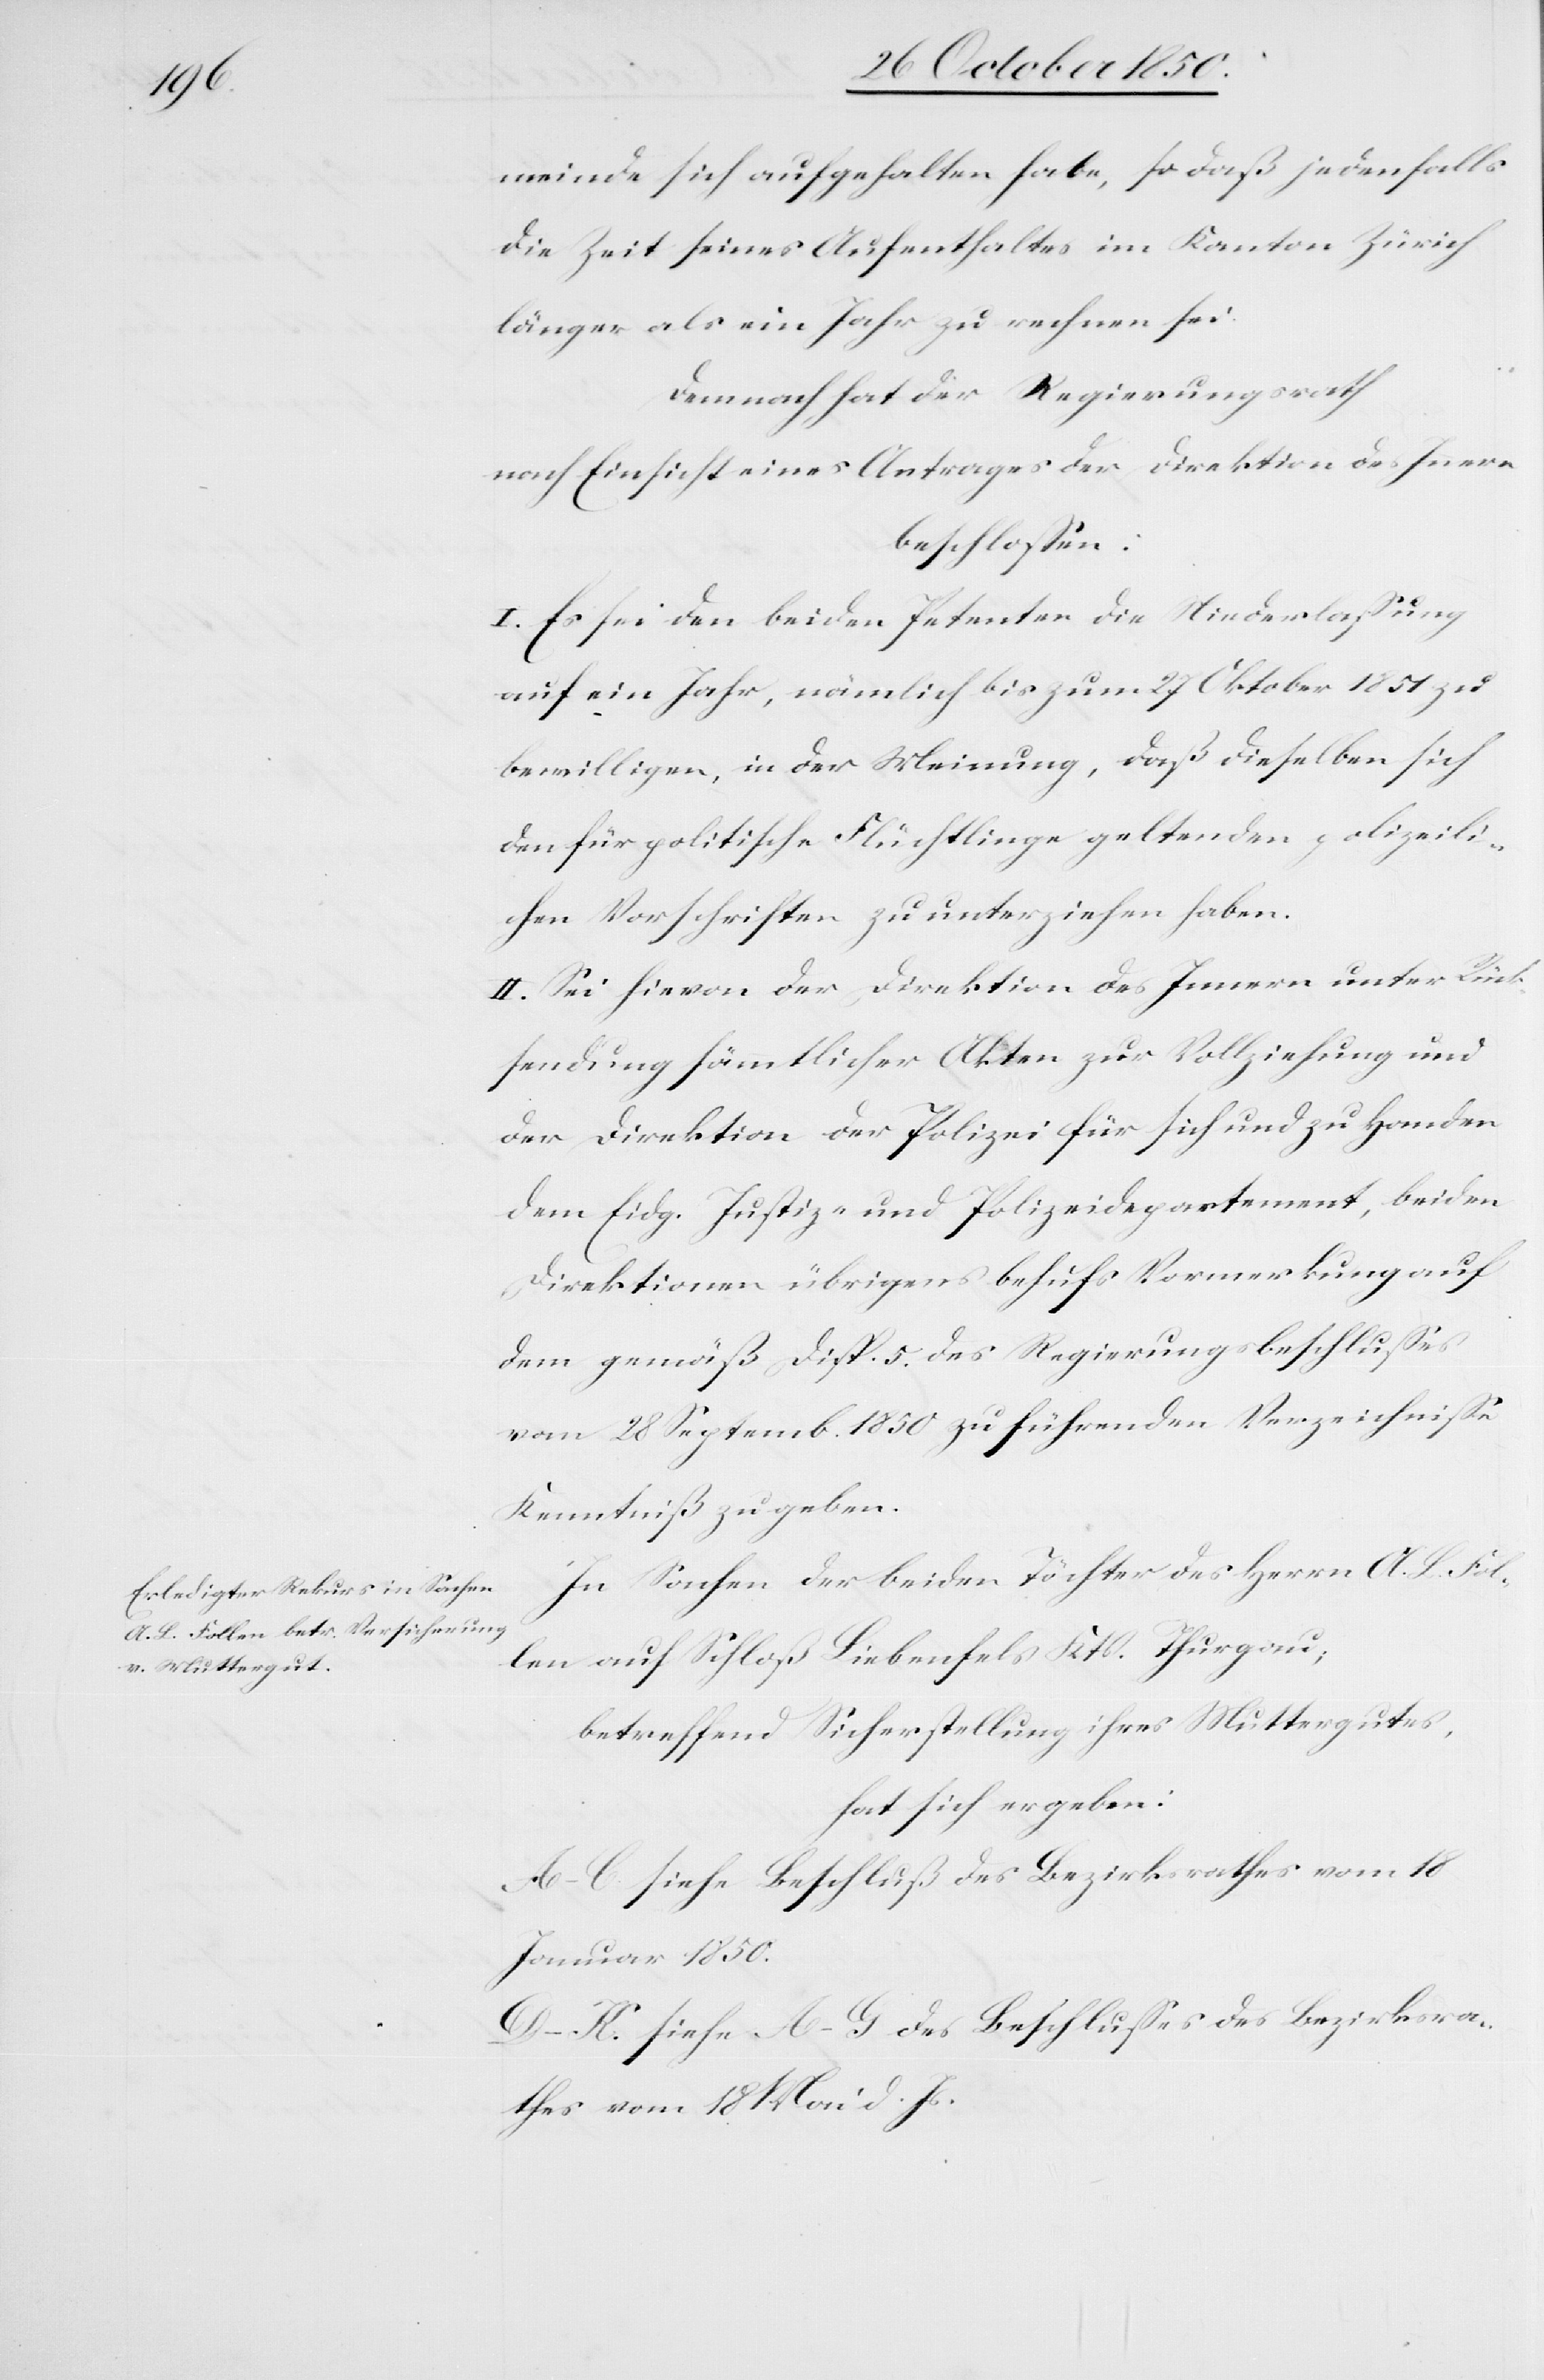
meinde sich aufgehalten habe, so daß jedenfalls
die Zeit seines Aufenthaltes im Kanton Zürich
länger als ein Jahr zu rechnen sei.
Demnach hat der Regierungsrath
nach Einsicht eines Antrages der Direktion des Innern
beschlossen:
I. Es sei den beiden Petenten die Niederlassung
auf ein Jahr, nämlich bis zum 27 Oktober 1851 zu
bewilligen, in der Meinung, daß dieselben sich
den für politische Flüchtlinge geltenden polizeili¬
chen Vorschriften zu unterziehen haben.
II. Sei hievon der Direktion des Innern unter Rück¬
sendung sämmtlicher Akten zur Vollziehung und
der Direktion der Polizei für sich und zu Handen
dem Eidg. Justiz- und Polizeidepartement, beiden
Direktionen übrigens behufs Vormerkung auf
dem gemäß Disp. 5. des Regierungsbeschlusses
vom 28 Septemb. 1850 zu führenden Verzeichnisse
Kenntniß zu geben.
In Sachen der beiden Töchter des Herrn A. L. Fol¬
len auf Schloß Liebenfels Kts. Thurgau;
betreffend Sicherstellung ihres Muttergutes,
hat sich ergeben:
A–C. siehe Beschluß des Bezirksrathes vom 18
Januar 1850.
D–K. siehe A–G des Beschlusses des Bezirksra¬
thes vom 18 Mai d. Js.